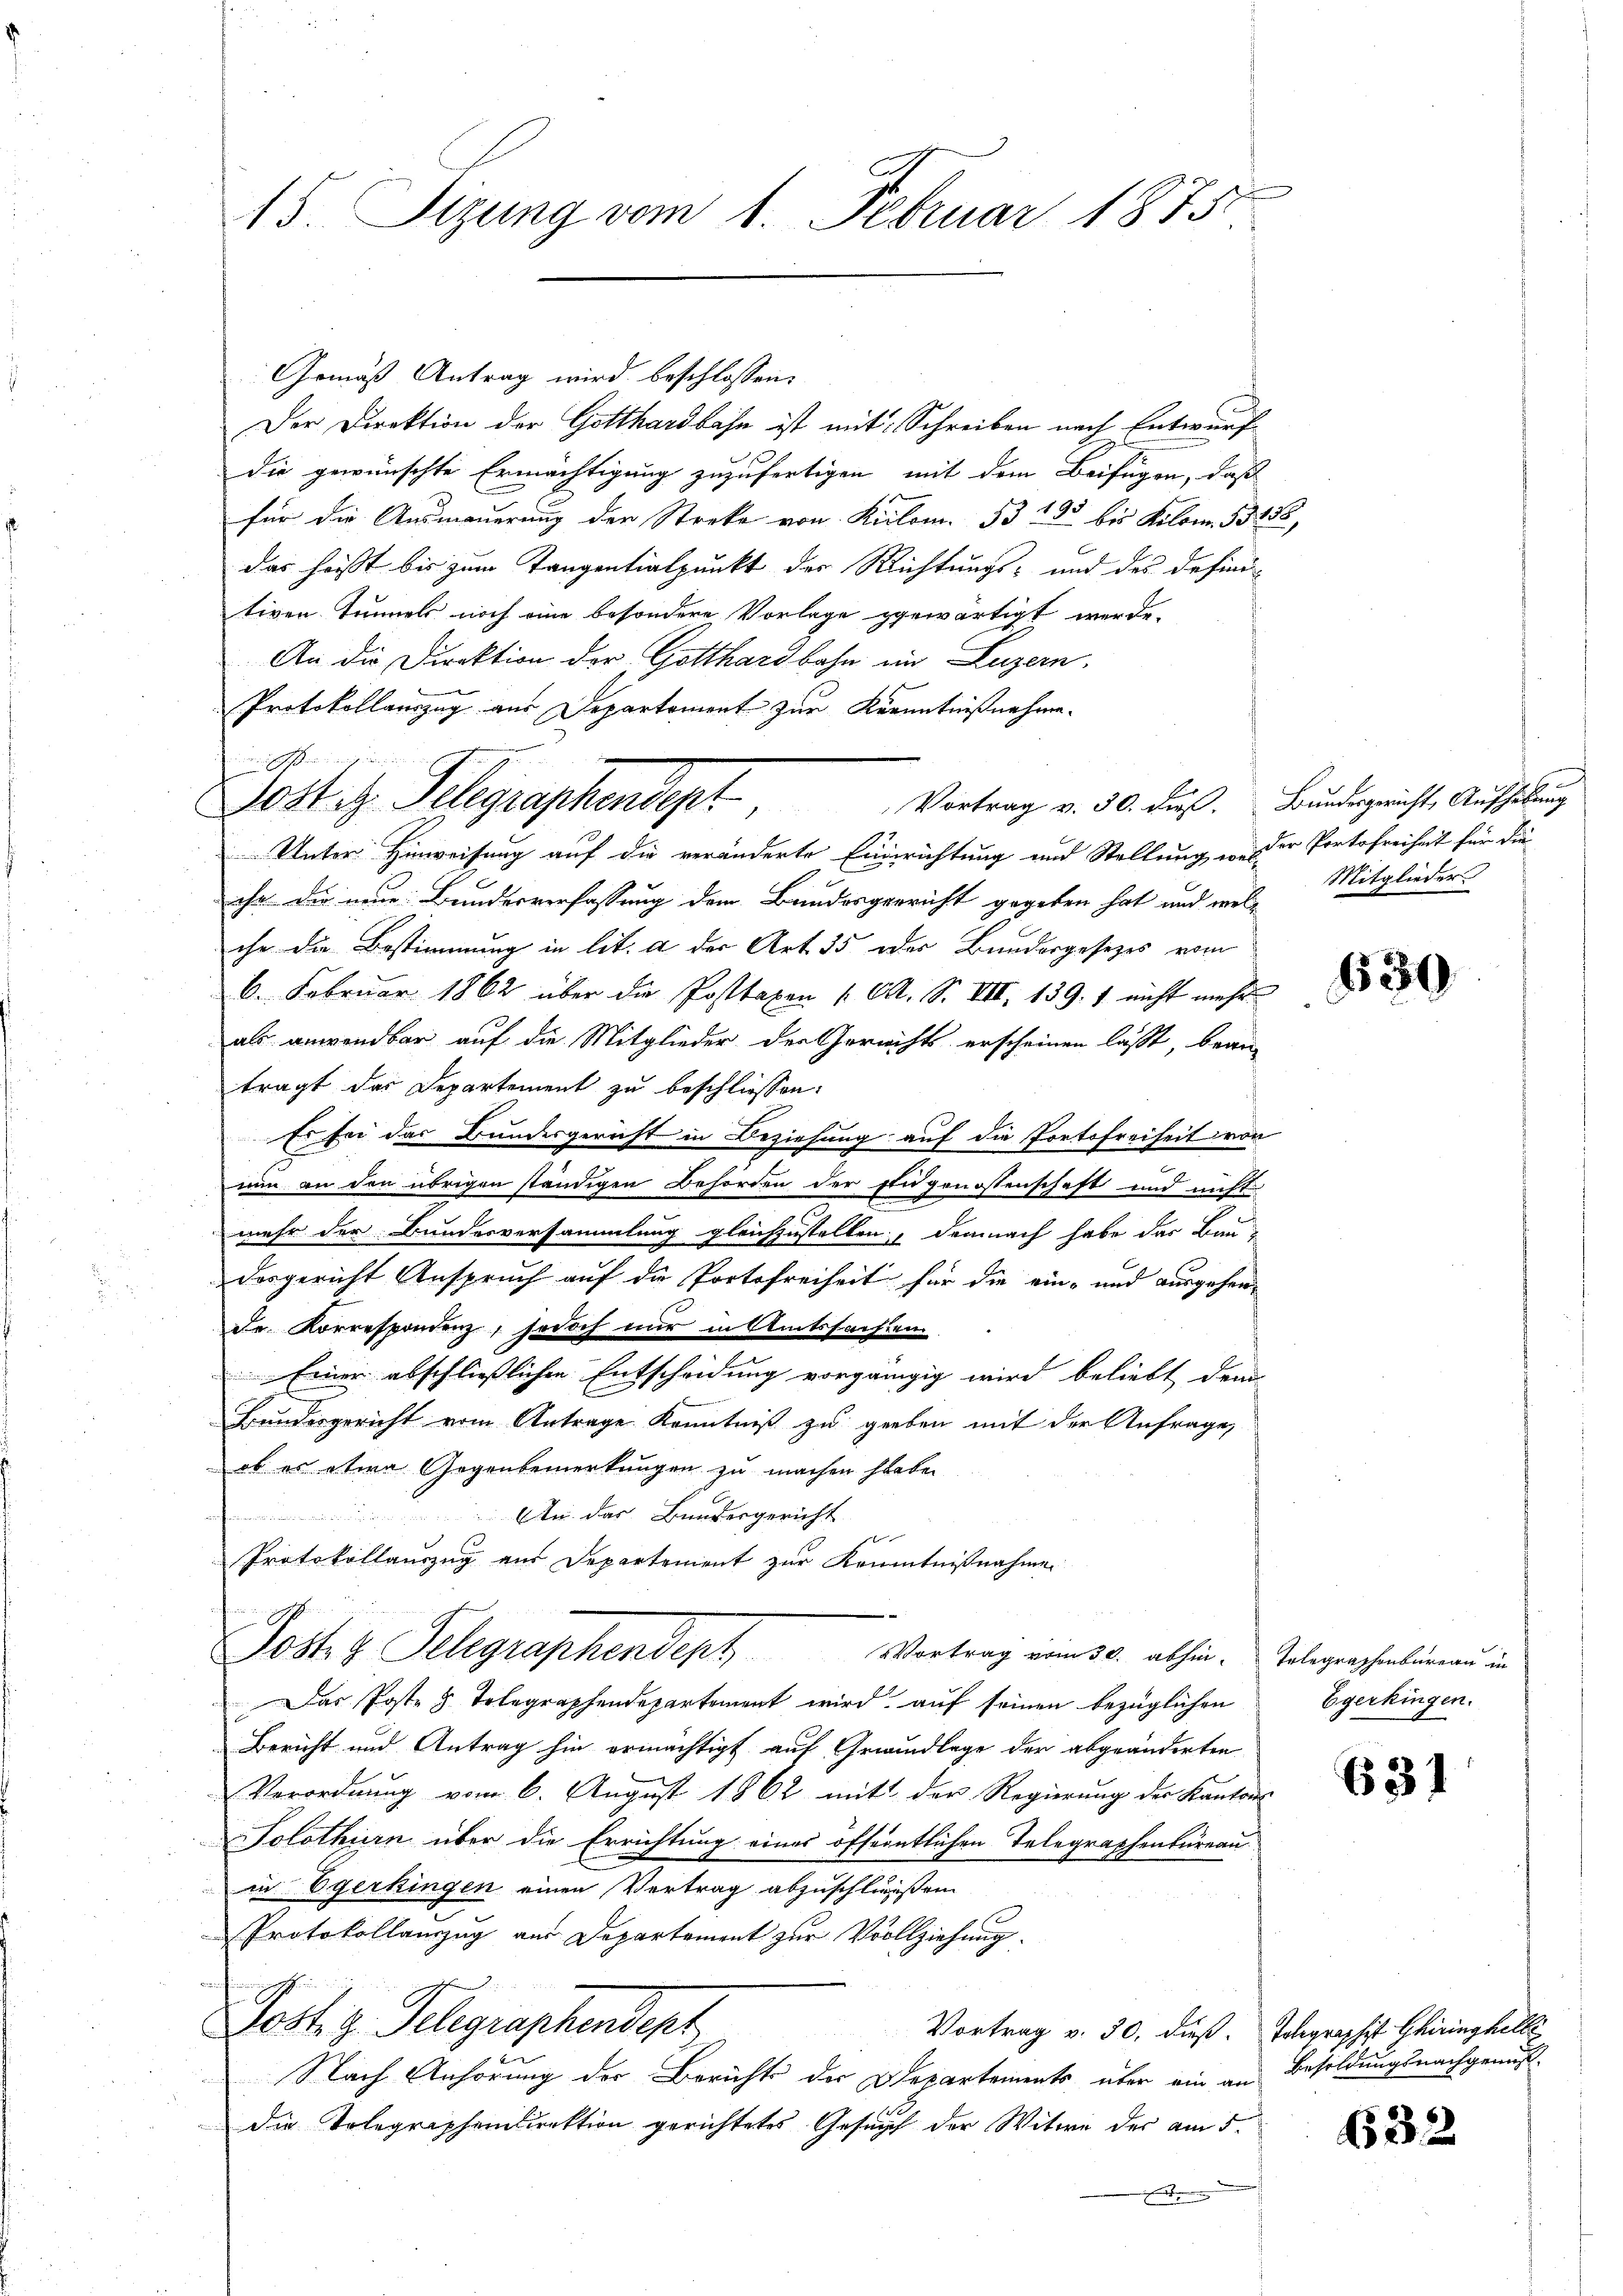
Gemäß Antrag wird beschlossen:
Der Direktion der Gotthardbahn ist mit Schreiben nach Entwurf
die gewünschte Ermächtigung zuzufertigen mit dem Beifügen, daß
für die Ausmauerung der Streke von Kilom. 33 205 bis Kilom. 33255,
das heisst bis zum Tangentialpunkt der Richtungs- und des defini-
tiven Tunnels noch eine besondere Vorlage gewärtigt werde.
An die Direktion der Gotthardbahn ein Luzern,
Protokollauszug aus Departement zur Kenntnißnahme.
Vortrag v. 30. dieß. Bundesgericht, Aufhebung
Unter Hinweisung auf die veränderte Einsichtung und Stellung in der Portofreiheit für die
ihr die neue Bundesverfassung dem Bundesgericht gegeben hat und welche die Bestimmung in lit. a der Art. 35 oder Bundergesezes vom
6. Februar 1862 über die Posttaxen (O. S. VIII 139. 7 nicht mehr
als anwendbar auf die Mitglieder der Gerechts erscheinen lässt, bean-
trägt das Departement zu beschliessen:
Er sei das Bundesgericht in Beziehung auf die Portofreiheit von
nun an den übrigen ständigen Behörden der Eidgenossenschaft und nicht
mehr der Bundesversammlung gleichzustellen, demnach habe das Baudesgericht Anspruch auf die Portofreiheit für die ein- und ausgehen-
de Korrespondenz, jedoch mir in Amtssachten
Einer abschließlichen Entscheidung vorgängig wird beliebt dem
Bundesgericht vom Antrage Kenntniß zu geben mit der Anfrage,
ob es etwa Gegenbemerkungen zu machen habe.
An das Bundesgericht
Protokollauszug aus Departement zur Kenntnißnahme
Post z. Telegraphendept Vortrag vom 30. abhin. Telegraphenbureau in
Das Poste 8 Telegraphendepartement wird auf seinen bezüglichen
Bericht und Antrag hin ermächtigt auf Grundlage der abgeänderten
Verordnung vom 6. August 1862 mit der Regierung der Kantons
Solothurn über die Errichtung eines öffentlichen Telegraphenbureau
in Egerkingen einen Vertrag abzuschlussen
Protokollauszug aus Departement zur Vollziehung.
Post z. Telegraphendept
Vortrag v. 30. dieß. Johgraphist Chiringhelli
Nach Anhörung der Berichts der Departements, über ein an
die Tolegraphendirektion gerichtetes Gesuch der Witwe der am 5.

15. Sizung vom 1. Februar 1875.

w in Eichst nun auch in
Dost d. Telegraphensges

Mitglieder

630

Egerkingen.

631

Besoldungsnachgenuß

632